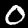
Label: 0